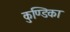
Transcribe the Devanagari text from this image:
कुण्डिका